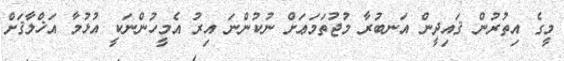
މީގެ އިތުރުން ޤައިދީން އަނބުރާ މުޖުތަމަޢަށް ނުކުންނަ އިރު އެމީހުންނަކީ އުޅުމާ އަޚްލާޤަށް